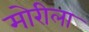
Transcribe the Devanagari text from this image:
मोरीला